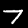
Label: 7